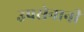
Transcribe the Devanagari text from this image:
उपसेनानी